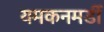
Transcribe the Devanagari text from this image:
यमकनमर्डी